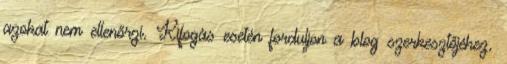
azokat nem ellenőrzi. Kifogás esetén forduljon a blog szerkesztőjéhez.